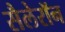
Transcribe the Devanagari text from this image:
सैलेरॉन